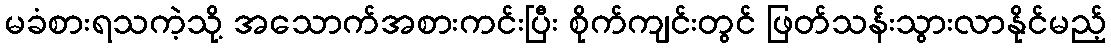
မခံစားရသကဲ့သို့ အသောက်အစားကင်းပြီး စိုက်ကျင်းတွင် ဖြတ်သန်းသွားလာနိုင်မည့်